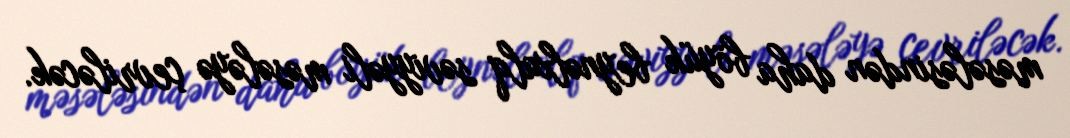
məsələsindən daha böyük beynəlxalq səviyyəli məsələyə çevriləcək.